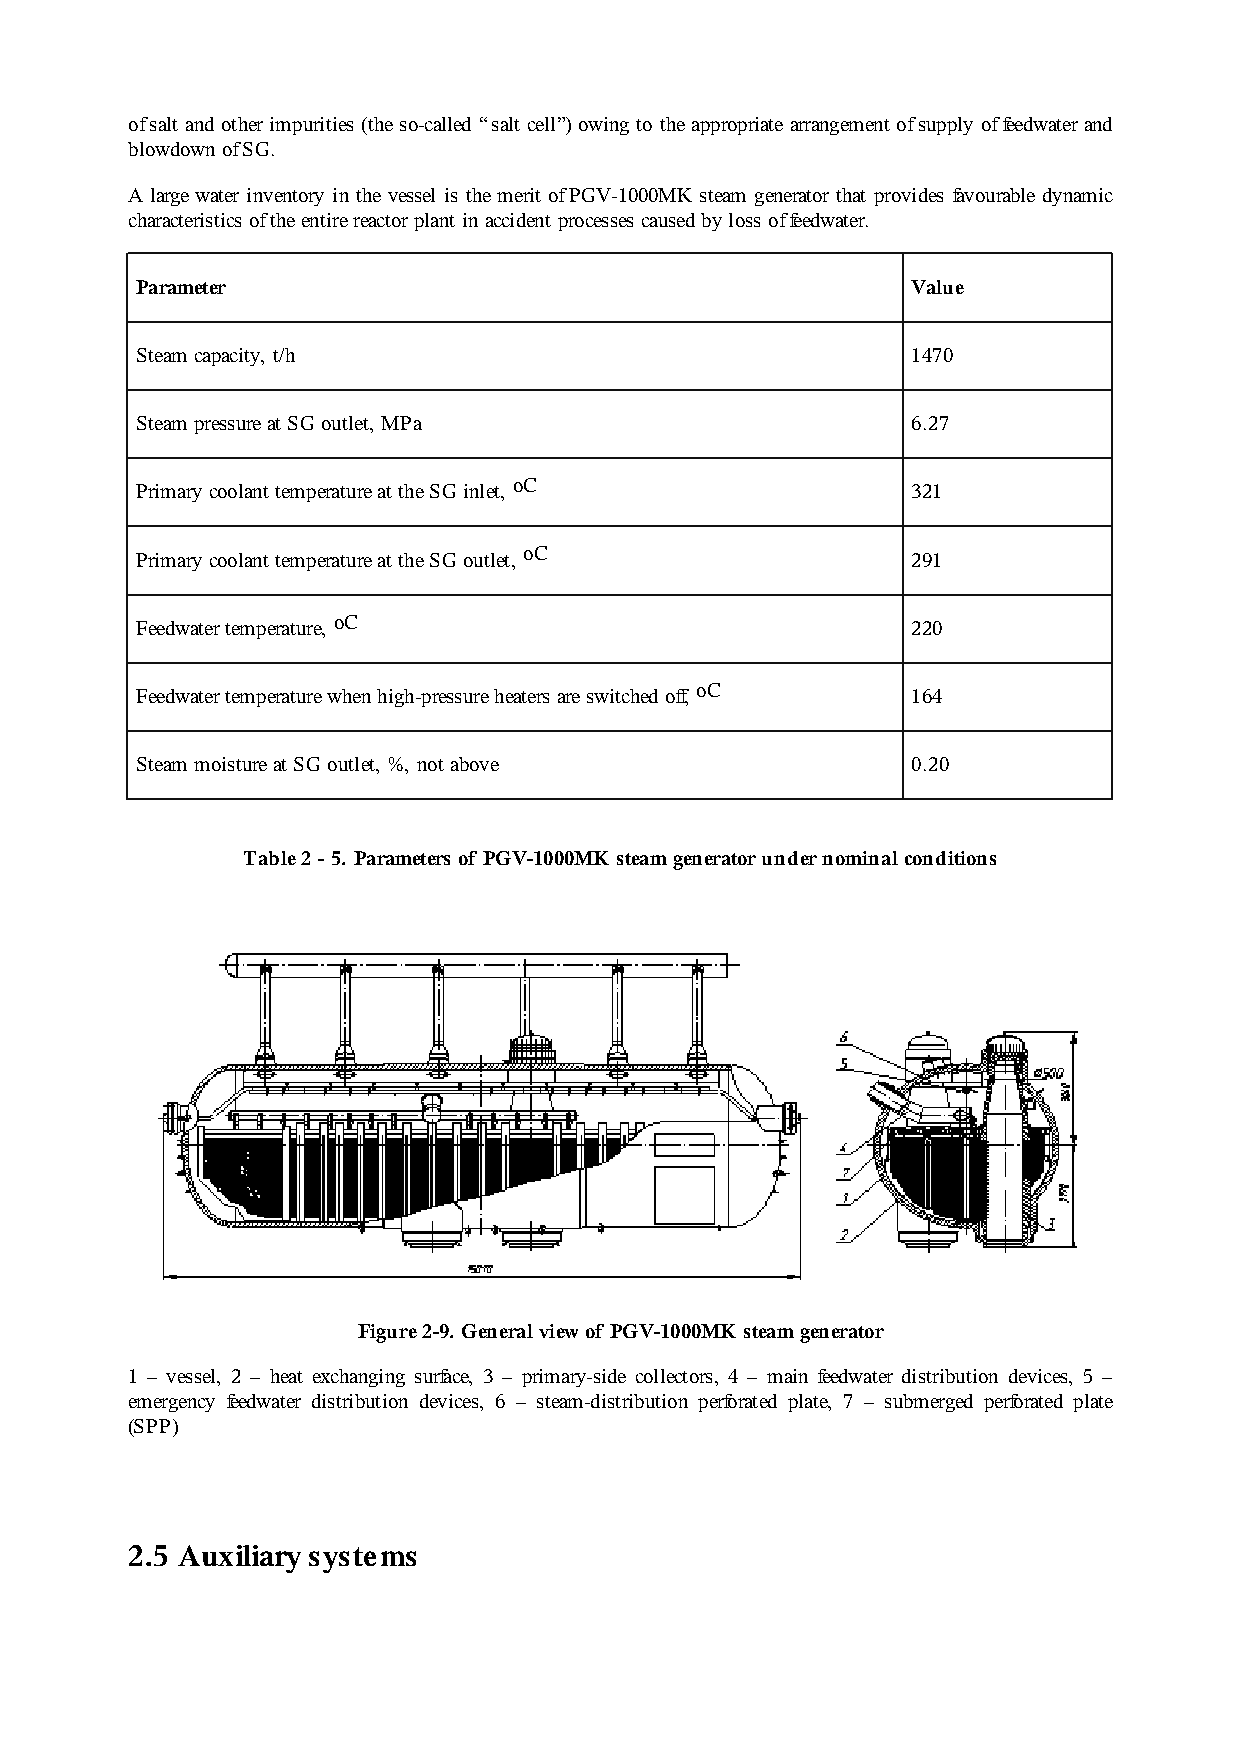
of salt and other impurities (the so-called “salt cell”) owing to the appropriate arrangement of supply of feedwater and
 blowdown of SG.
 A large water inventory in the vessel is the merit of PGV-1000MK steam generator that provides favourable dynamic
 characteristics of the entire reactor plant in accident processes caused by loss of feedwater.
 Parameter                                          Value
 Steam capacity, t/h                                1470
 Steam pressure at SG outlet, MPa                   6.27
 Primary coolant temperature at the SG inlet, оС    321
 Primary coolant temperature at the SG outlet, оС   291
 Feedwater temperature, оС                          220
 Feedwater temperature when high-pressure heaters are switched off, оС 164
 Steam moisture at SG outlet, %, not above          0.20
 Table 2 - 5. Parameters of PGV-1000MK steam generator under nominal conditions
 Figure 2-9. General view of PGV-1000MK steam generator
 1 – vessel, 2 – heat exchanging surface, 3 – primary-side collectors, 4 – main feedwater distribution devices, 5 –
 emergency feedwater distribution devices, 6 – steam-distribution perforated plate, 7 – submerged perforated plate
 (SPP)
 2.5 Auxiliary systems